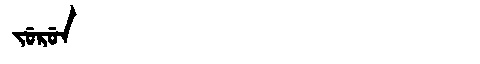
Manchu: ᠵᡠᡵᡠᠨ
Romanization: JURUN